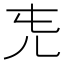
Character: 𠑸